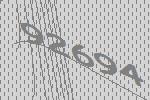
92694